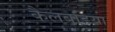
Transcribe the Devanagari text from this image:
कैलबडिया